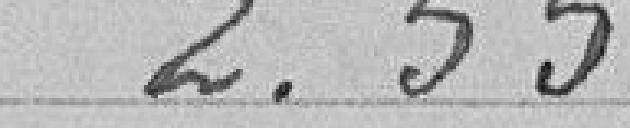
2,55